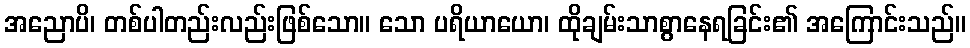
အညောပိ၊ တစ်ပါတည်းလည်းဖြစ်သော။ သော ပရိယာယော၊ ထိုချမ်းသာစွာနေရခြင်း၏ အကြောင်းသည်။